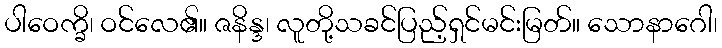
ပါဝေက္ခိ၊ ဝင်လေ၏။ ဇနိန္ဒ၊ လူတို့သခင်ပြည့်ရှင်မင်းမြတ်။ သောနာဂေါ၊